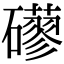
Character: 𥗀